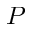
P